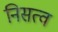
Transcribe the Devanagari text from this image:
निसत्व